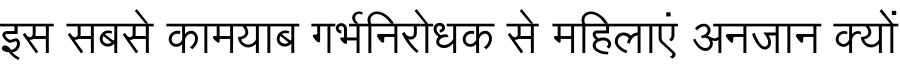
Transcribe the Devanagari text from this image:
इस सबसे कामयाब गर्भनिरोधक से महिलाएं अनजान क्यों